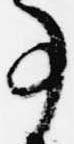
事